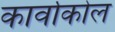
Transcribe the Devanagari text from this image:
कार्वाकोल